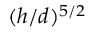
( h / d ) ^ { 5 / 2 }